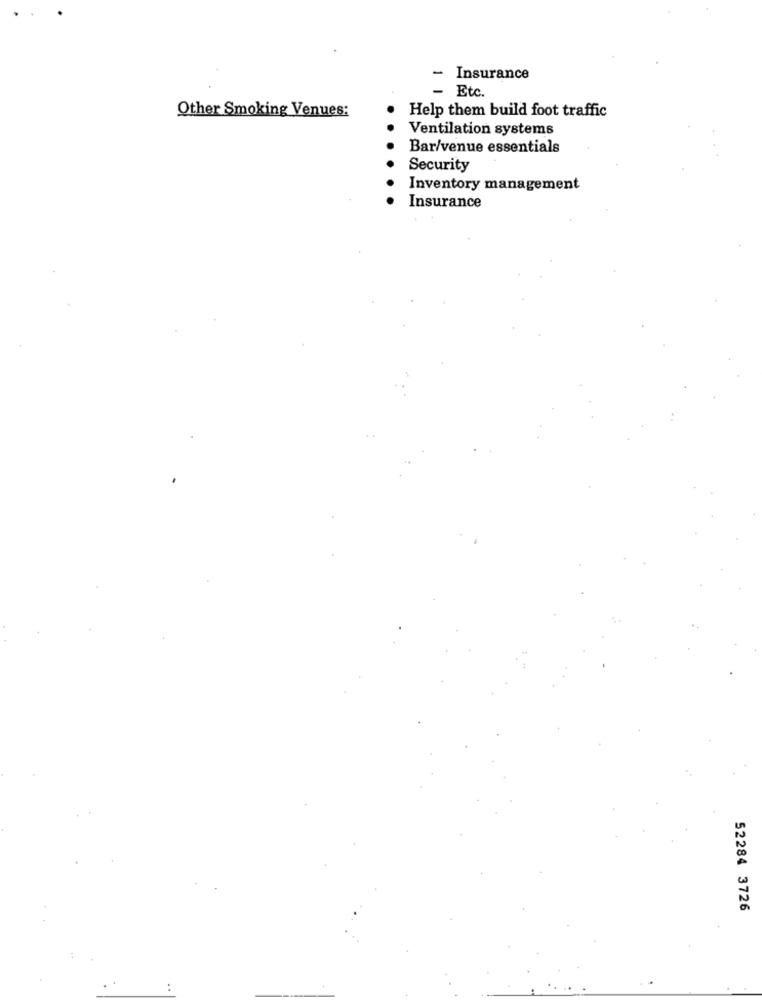
- Insurance
- Etc.
Help them build foot traffic
Other Smoking Venues:
Ventilation systems
Bar/venue essentials
Security
Inventory management
Insurance
52284 3726